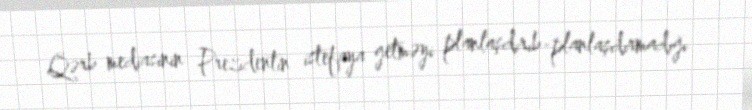
Qərb mediasının Prezidentin istefaya getməyi planlaşdırıb-planlaşdırmadığı